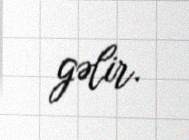
gəlir.